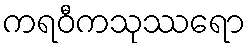
ကရဝီကသုဿရော